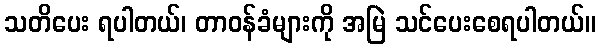
သတိပေး ရပါတယ်၊ တာဝန်ခံများကို အမြဲ သင်ပေးစေရပါတယ်။